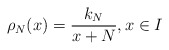
\begin{align*} \rho_N(x)=\frac{k_N}{x+N}, x \in I\end{align*}